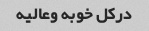
درکل خوبه وعالیه